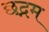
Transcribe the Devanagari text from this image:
छद्नम